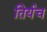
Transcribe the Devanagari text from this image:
तिर्यच